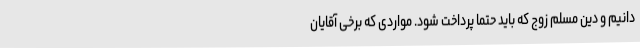
دانیم و دین مسلم زوج که باید حتما پرداخت شود. مواردی که برخی آقایان